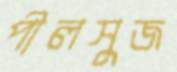
পীলসুজ